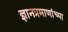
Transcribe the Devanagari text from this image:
ज्ञानप्रमाणांच्या